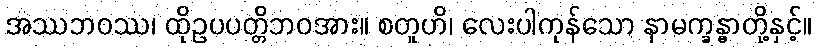
အဿဘဝဿ၊ ထိုဥပပတ္တိဘဝအား။ စတူဟိ၊ လေးပါကုန်သော နာမက္ခန္ဓာတို့နှင့်။